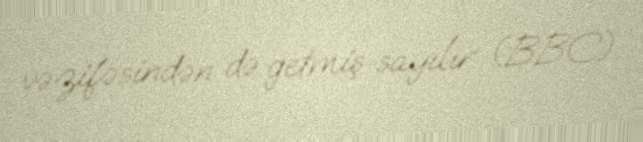
vəzifəsindən də getmiş sayılır (BBC).